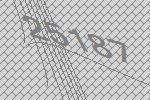
25187